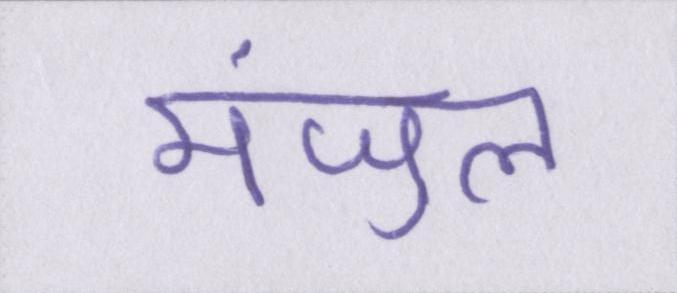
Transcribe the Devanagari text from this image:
मंजुल